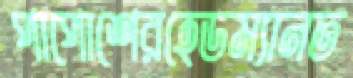
পাপোশেরহেডম্যানত